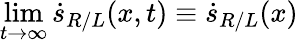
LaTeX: \operatorname*{lim}_{t\rightarrow\infty}\dot{s}_{R/L}(x,t)\equiv\dot{s}_{R/L}(x)